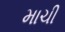
માચી